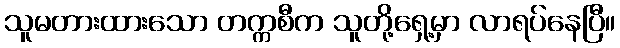
သူမတားထားသော တက္ကစီက သူတို့ရှေ့မှာ လာရပ်နေပြီ။